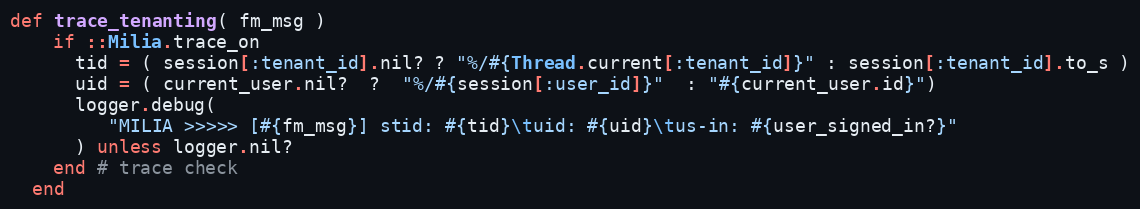
Language: Ruby
def trace_tenanting( fm_msg )
    if ::Milia.trace_on
      tid = ( session[:tenant_id].nil? ? "%/#{Thread.current[:tenant_id]}" : session[:tenant_id].to_s )
      uid = ( current_user.nil?  ?  "%/#{session[:user_id]}"  : "#{current_user.id}")
      logger.debug(
         "MILIA >>>>> [#{fm_msg}] stid: #{tid}\tuid: #{uid}\tus-in: #{user_signed_in?}"
      ) unless logger.nil?
    end # trace check
  end